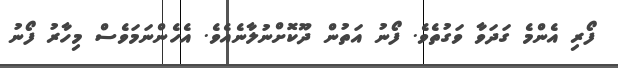
ފޯރި އެންމެ ގަދަވާ ވަގުތެވެ. ފޯނު އަތުން ދޫކޮށްނުލާނެއެވެ. އެހެންނަމަވެސް މިހާރު ފޯނު